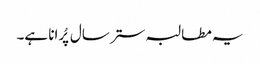
یہ مطالبہ ستر سال پُرانا ہے۔